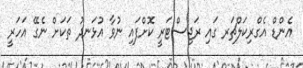
އެންޑް އެގްރިކަލްޗަރ ގައި ރަޖިސްޓަރީ ކޮށްފައި ނުވާ އުޅަނދު ތަކަށް ނެގޭ އަހަރީ